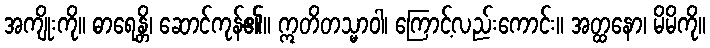
အကျိုးကို။ ဓာရေန္တိ၊ ဆောင်ကုန်၏။ ဣတိတသ္မာဝါ၊ ကြောင့်လည်းကောင်း။ အတ္ထနော၊ မိမိကို။